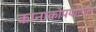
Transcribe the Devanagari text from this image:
कानाकोपर्यातील